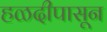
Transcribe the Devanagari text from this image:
हळदीपासून